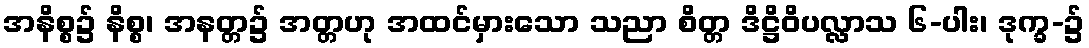
အနိစ္စ၌ နိစ္စ၊ အနတ္တ၌ အတ္တဟု အထင်မှားသော သညာ စိတ္တ ဒိဋ္ဌိဝိပလ္လာသ ၆-ပါး၊ ဒုက္ခ-၌